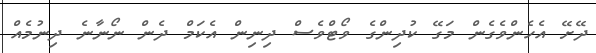
ދޭށޭ އެހެންވެގެން މަގޭ ކުދިންގެ ވޯޓްވެސް ދިނިން އެކަމް ދެން ނޯނާނެ ދިނުމެއް